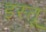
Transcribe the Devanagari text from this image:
इस्तू